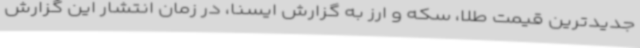
جدیدترین قیمت طلا، سکه و ارز به گزارش ایسنا، در زمان انتشار این گزارش